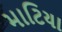
માટિયા